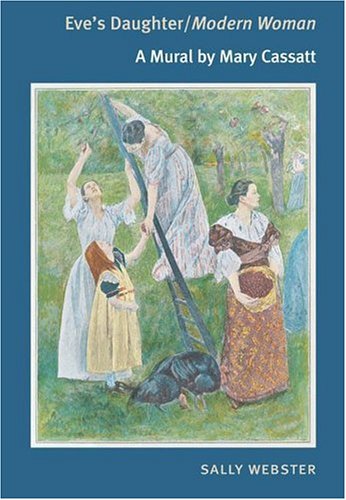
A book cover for Eve's Daughter/Modern Woman: A MURAL BY MARY CASSATT; Sally Webster; Arts & Photography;